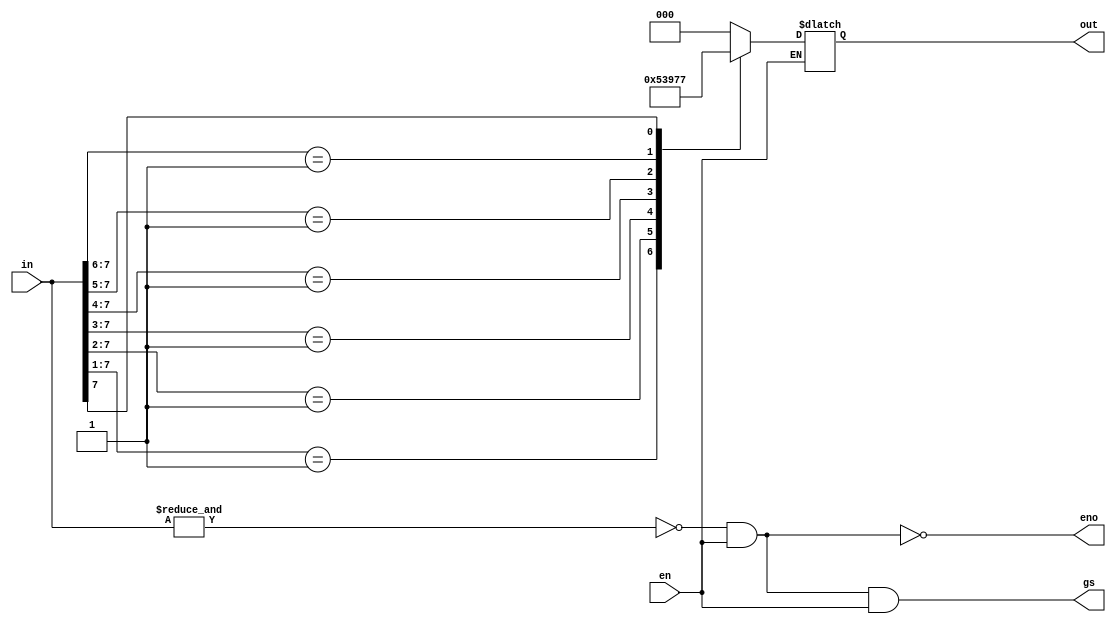
//  Verilog behavioral RTL code for 8-bit Priority Encoder
//  Copyright (C) 2021 Mohammad Khailique Khan
//
//  Licensed under the Apache License, Version 2.0 (the "License");
//  you may not use this file except in compliance with the License.
//  You may obtain a copy of the License at
//
//   http://www.apache.org/licenses/LICENSE-2.0
//
//  Unless required by applicable law or agreed to in writing, software
//  distributed under the License is distributed on an "AS IS" BASIS,
//  WITHOUT WARRANTIES OR CONDITIONS OF ANY KIND, either express or implied.
//  See the License for the specific language governing permissions and
//  limitations under the License. 


`default_nettype none

module dvsd_pe (en, in, eno, gs, out);

	input en;	//Enable Input
	input [7:0]in;	//8 Input line 
	
	output eno, gs;	//Enable outputs
	output reg [2:0]out;	//3 Output lines
	
	wire _a_;

// Compiling enable outputs  
 assign _a_ = ~& in ;
 assign eno = ~(_a_ & en);
 assign gs = ~eno & en;
 
always@(in, en)
	begin if (en)

		casex(in)
	
		// Default Priority set at High Impedance 
		8'b00000000:out = 3'bzzz;

		// Lowest Priority
		8'b00000001:out = 3'b000;
		8'b0000001x:out = 3'b001;
		8'b000001xx:out = 3'b010;
		8'b00001xxx:out = 3'b011;
		8'b0001xxxx:out = 3'b100;
		8'b001xxxxx:out = 3'b101;
		8'b01xxxxxx:out = 3'b110;
		8'b1xxxxxxx:out = 3'b111;
		// Highest Priority

		endcase
	end
endmodule

`default_nettype wire